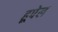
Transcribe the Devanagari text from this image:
हूपेल